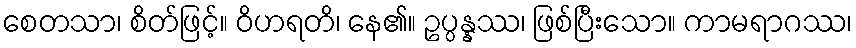
စေတသာ၊ စိတ်ဖြင့်။ ဝိဟရတိ၊ နေ၏။ ဥပ္ပန္နဿ၊ ဖြစ်ပြီးသော။ ကာမရာဂဿ၊